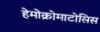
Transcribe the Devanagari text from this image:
हेमोक्रोमाटोसिस